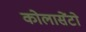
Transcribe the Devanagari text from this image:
कोलासेंटो